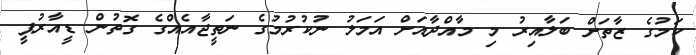
ކަމުގެ ޒާތަށް ބަލާއިރު މި މާއްދާއަށް އަމަލު ނުކުރުމުގެ ނަތީޖާއެއްގެ ގޮތުން ޑީއާރުޕީ